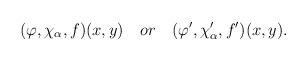
LaTeX: \begin{align*}(\varphi ,\chi _\alpha ,f)(x,y)\quad or\quad (\varphi ^{\prime },\chi_\alpha ^{\prime },f^{\prime })(x,y).\end{align*}